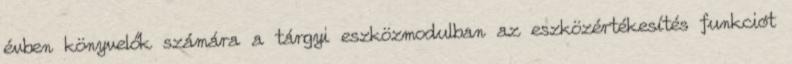
évben könyvelők számára a tárgyi eszközmodulban az eszközértékesítés funkciót